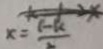
x = \frac { 1 - k } { x }